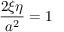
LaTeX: { \frac { 2 \xi \eta } { a ^ { 2 } } } = 1